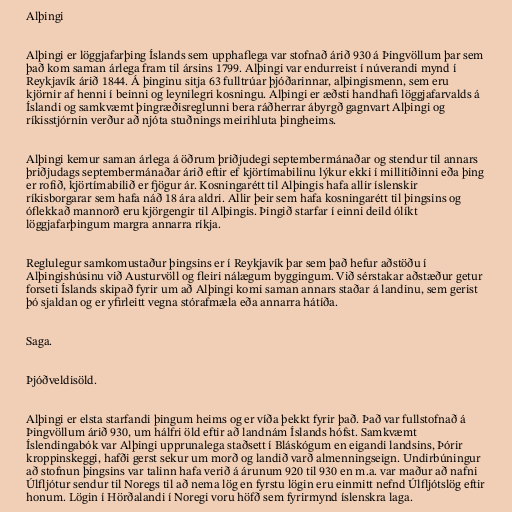
Alþingi

Alþingi er löggjafarþing Íslands sem upphaflega var stofnað árið 930 á Þingvöllum þar sem
það kom saman árlega fram til ársins 1799. Alþingi var endurreist í núverandi mynd í
Reykjavík árið 1844. Á þinginu sitja 63 fulltrúar þjóðarinnar, alþingismenn, sem eru
kjörnir af henni í beinni og leynilegri kosningu. Alþingi er æðsti handhafi löggjafarvalds á
Íslandi og samkvæmt þingræðisreglunni bera ráðherrar ábyrgð gagnvart Alþingi og
ríkisstjórnin verður að njóta stuðnings meirihluta þingheims.

Alþingi kemur saman árlega á öðrum þriðjudegi septembermánaðar og stendur til annars
þriðjudags septembermánaðar árið eftir ef kjörtímabilinu lýkur ekki í millitíðinni eða þing
er rofið, kjörtímabilið er fjögur ár. Kosningarétt til Alþingis hafa allir íslenskir
ríkisborgarar sem hafa náð 18 ára aldri. Allir þeir sem hafa kosningarétt til þingsins og
óflekkað mannorð eru kjörgengir til Alþingis. Þingið starfar í einni deild ólíkt
löggjafarþingum margra annarra ríkja.

Reglulegur samkomustaður þingsins er í Reykjavík þar sem það hefur aðstöðu í
Alþingishúsinu við Austurvöll og fleiri nálægum byggingum. Við sérstakar aðstæður getur
forseti Íslands skipað fyrir um að Alþingi komi saman annars staðar á landinu, sem gerist
þó sjaldan og er yfirleitt vegna stórafmæla eða annarra hátíða.

Saga.

Þjóðveldisöld.

Alþingi er elsta starfandi þingum heims og er víða þekkt fyrir það. Það var fullstofnað á
Þingvöllum árið 930, um hálfri öld eftir að landnám Íslands hófst. Samkvæmt
Íslendingabók var Alþingi upprunalega staðsett í Bláskógum en eigandi landsins, Þórir
kroppinskeggi, hafði gerst sekur um morð og landið varð almenningseign. Undirbúningur
að stofnun þingsins var talinn hafa verið á árunum 920 til 930 en m.a. var maður að nafni
Úlfljótur sendur til Noregs til að nema lög en fyrstu lögin eru einmitt nefnd Úlfljótslög eftir
honum. Lögin í Hörðalandi í Noregi voru höfð sem fyrirmynd íslenskra laga.